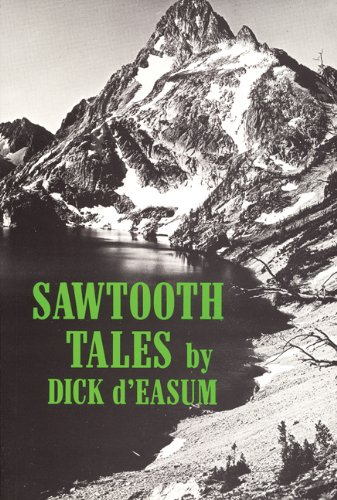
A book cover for Sawtooth Tales; Dick d'Easum; Sports & Outdoors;